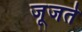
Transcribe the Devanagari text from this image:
जूजते